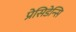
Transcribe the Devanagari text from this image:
प्रेसिडेन्सि